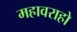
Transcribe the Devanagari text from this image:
महावराहो